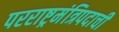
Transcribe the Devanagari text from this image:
परराष्ट्रमंत्रिपदाची